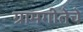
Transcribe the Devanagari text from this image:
ग्रामगीतेचे